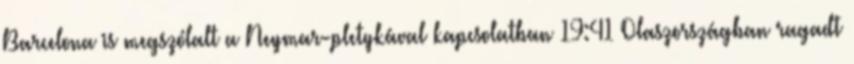
Barcelona is megszólalt a Neymar-pletykával kapcsolatban 19:41 Olaszországban ragadt